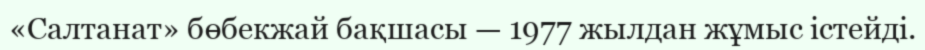
«Салтанат» бөбекжай бақшасы — 1977 жылдан жұмыс істейді.